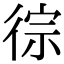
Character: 徖